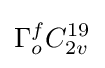
\Gamma _{o}^{f}C_{2v}^{19}